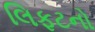
લિફટનો